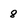
Character: 8